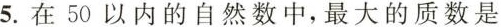
5.在50以内的自然数中，最大的质数是